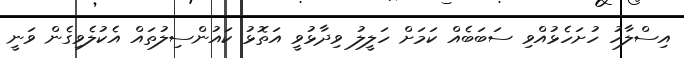
އިސްލާހު ހުށަހެޅުއްވި ސަބަބެއް ކަމަށް ހަލީލު ވިދާޅުވީ އަތޮޅު ކައުންސިލުތައް އެކުލެވިގެން ވަނީ